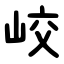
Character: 峧